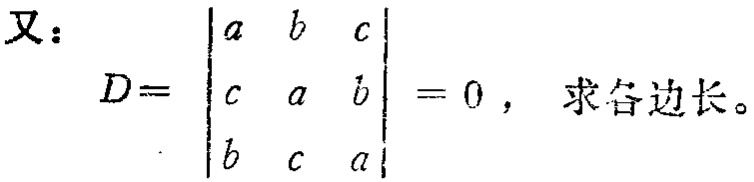
又：

\[

D =

\begin{vmatrix}

a & b & c \\

c & a & b \\

b & c & a

\end{vmatrix}

= 0，求各边长。

\]